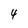
Character: 4